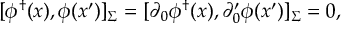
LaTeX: [ \phi ^ { \dagger } ( x ) , \phi ( x ^ { \prime } ) ] _ { \Sigma } = [ \partial _ { 0 } \phi ^ { \dagger } ( x ) , \partial _ { 0 } ^ { \prime } \phi ( x ^ { \prime } ) ] _ { \Sigma } = 0 ,